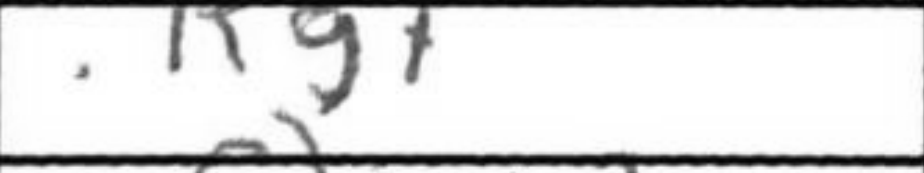
Transcription: Kg7